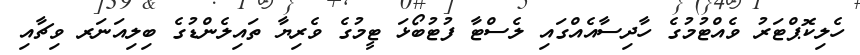
ހެލިކޮޕްޓަރު ވެއްޓުމުގެ ހާދިސާއެއްގައި ލެސްޓާ ފުޓުބޯޅަ ޓީމުގެ ވެރިޔާ ތައިލެންޑުގެ ބިލިއަނަރ ވިޗާއި